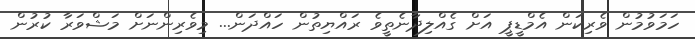
ހަމަވުމުން ވެރިކަން އެމްޑީޕީ އަށް ގެއްލިދާނެތީވެ ރައްޔިތުން ހައްދަން... މިވެރިންނަށް މަޝްވަރާ ކުރުން